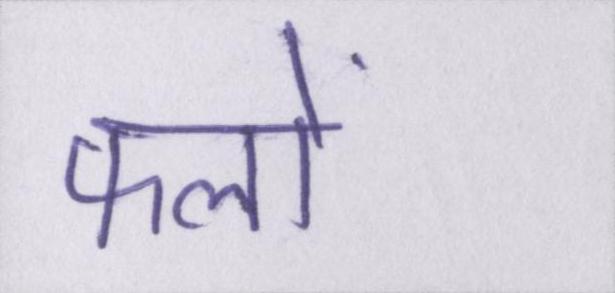
फलों